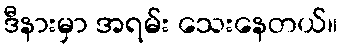
ဒီနားမှာ အရမ်း သေးနေတယ်။